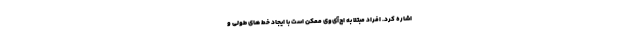
اشاره کرد. افراد مبتلا به اچ‌آی‌وی ممکن است با ایجاد خط های طولی و